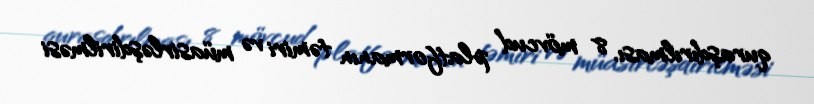
quraşdırılması, 8 mövcud platformanın təmiri və müasirləşdirilməsi